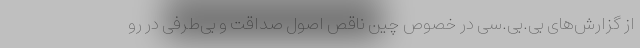
از گزارش‌های بی.بی.سی در خصوص چین ناقص اصول صداقت و بی‌طرفی در رو